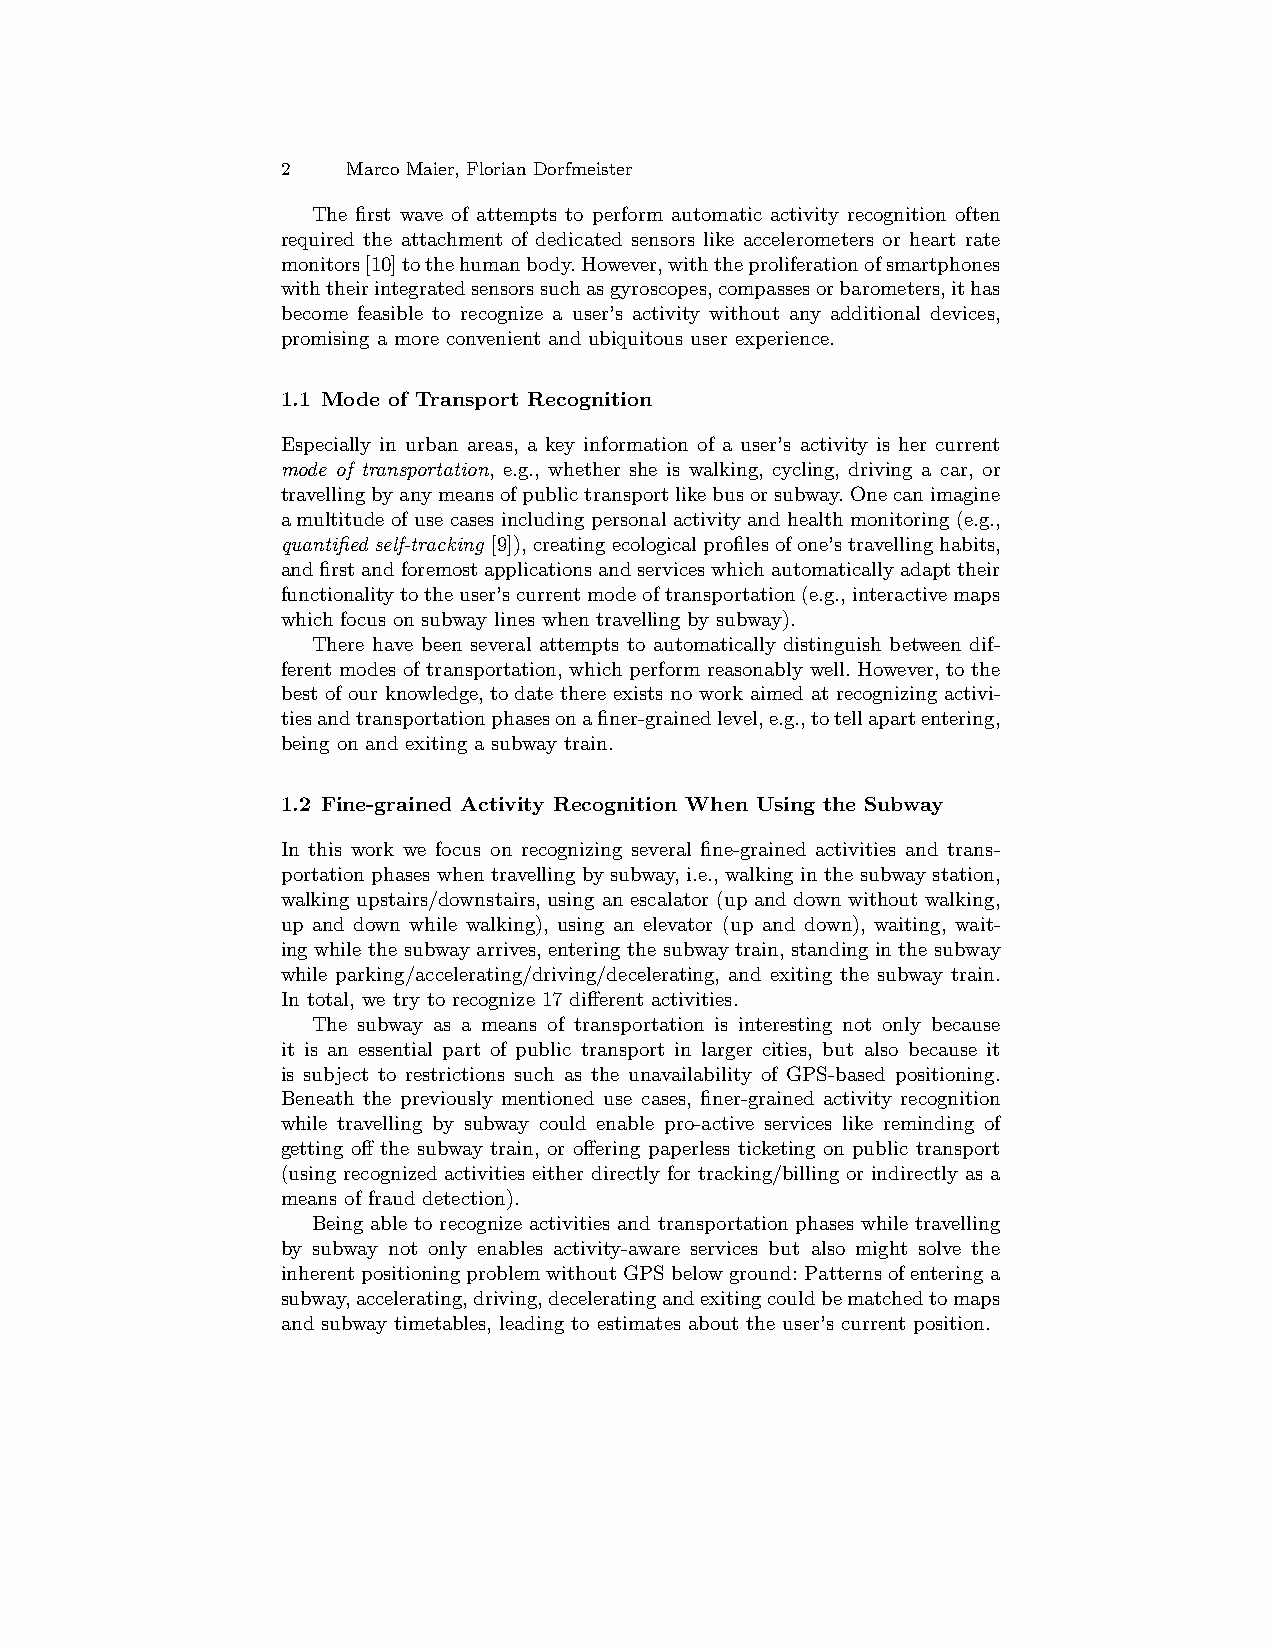
2   Marco Maier, Florian Dorfmeister
 The first wave of attempts to perform automatic activity recognition often
 required the attachment of dedicated sensors like accelerometers or heart rate
 monitors[10]tothehumanbody.However,withtheproliferationofsmartphones
 withtheirintegratedsensorssuchasgyroscopes,compassesorbarometers,ithas
 become feasible to recognize a user’s activity without any additional devices,
 promising a more convenient and ubiquitous user experience.
 1.1 Mode of Transport Recognition
 Especially in urban areas, a key information of a user’s activity is her current
 mode of transportation, e.g., whether she is walking, cycling, driving a car, or
 travellingbyanymeansofpublictransportlikebusorsubway.Onecanimagine
 a multitude of use cases including personal activity and health monitoring (e.g.,
 quantified self-tracking [9]),creatingecologicalprofilesofone’stravellinghabits,
 andfirstandforemostapplicationsandserviceswhichautomaticallyadapttheir
 functionalitytotheuser’scurrentmodeoftransportation(e.g.,interactivemaps
 which focus on subway lines when travelling by subway).
 There have been several attempts to automatically distinguish between dif-
 ferent modes of transportation, which perform reasonably well. However, to the
 best of our knowledge, to date there exists no work aimed at recognizing activi-
 tiesandtransportationphasesonafiner-grainedlevel,e.g.,totellapartentering,
 being on and exiting a subway train.
 1.2 Fine-grained Activity Recognition When Using the Subway
 In this work we focus on recognizing several fine-grained activities and trans-
 portation phases when travelling by subway, i.e., walking in the subway station,
 walking upstairs/downstairs, using an escalator (up and down without walking,
 up and down while walking), using an elevator (up and down), waiting, wait-
 ing while the subway arrives, entering the subway train, standing in the subway
 while parking/accelerating/driving/decelerating, and exiting the subway train.
 In total, we try to recognize 17 different activities.
 The subway as a means of transportation is interesting not only because
 it is an essential part of public transport in larger cities, but also because it
 is subject to restrictions such as the unavailability of GPS-based positioning.
 Beneath the previously mentioned use cases, finer-grained activity recognition
 while travelling by subway could enable pro-active services like reminding of
 getting off the subway train, or offering paperless ticketing on public transport
 (using recognized activities either directly for tracking/billing or indirectly as a
 means of fraud detection).
 Being able to recognize activities and transportation phases while travelling
 by subway not only enables activity-aware services but also might solve the
 inherentpositioningproblemwithoutGPSbelowground:Patternsofenteringa
 subway,accelerating,driving,deceleratingandexitingcouldbematchedtomaps
 and subway timetables, leading to estimates about the user’s current position.